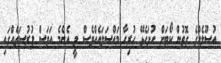
އުސޫލެއްގެ ގޮތުން ކޯޓަށް ހުށަހެޅޭ ހުރިހާ މައްސަލައެއްވެސް ވީ އެންމެ އަވަސް ފުރުސަތެއްގައި